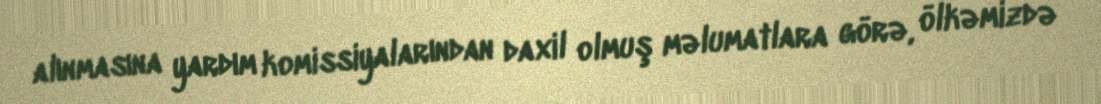
alınmasına yardım komissiyalarından daxil olmuş məlumatlara görə, ölkəmizdə